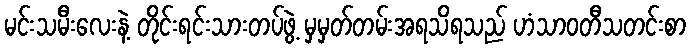
မင်းသမီးလေးနဲ့ တိုင်းရင်းသားတပ်ဖွဲ့ မှမှတ်တမ်းအရသိရသည် ဟံသာဝတီသတင်းစာ